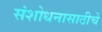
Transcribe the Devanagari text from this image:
संशोधनासाठीचे